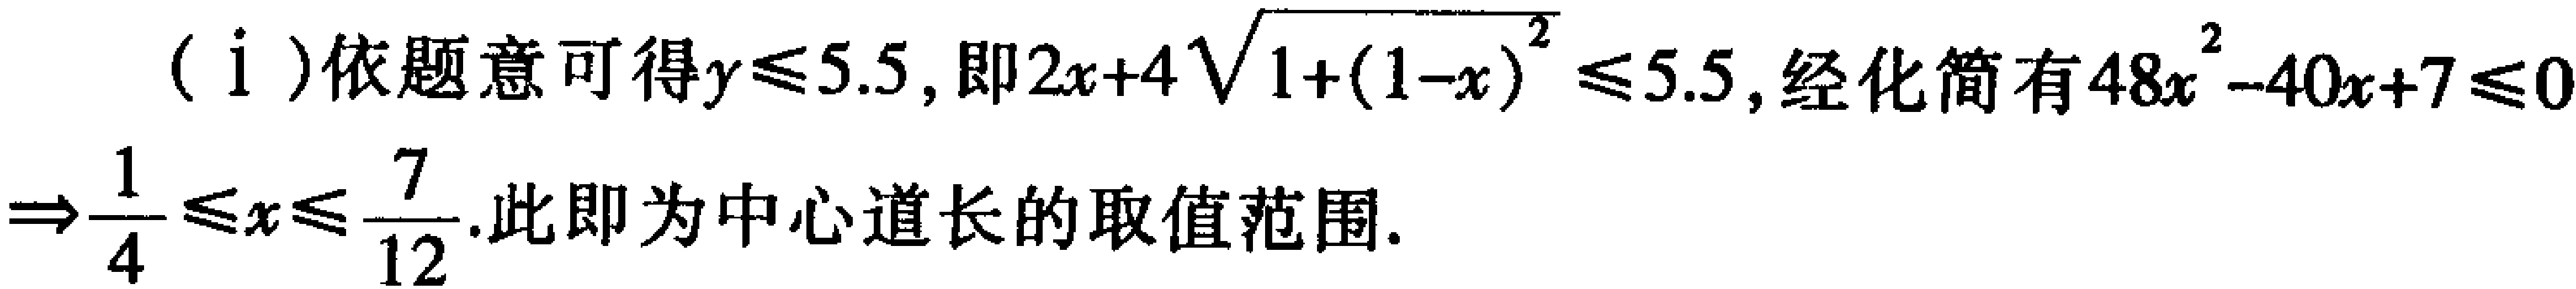
(i) 依题意可得\(y\leqslant5.5\)，即\(2x + 4\sqrt{1+(1 - x)^{2}}\leqslant5.5\)，经化简有\(48x^{2}-40x + 7\leqslant0\)
\(\Rightarrow\frac{1}{4}\leqslant x\leqslant\frac{7}{12}\). 此即为中心道长的取值范围.